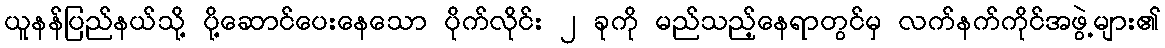
ယူနန်ပြည်နယ်သို့ ပို့ဆောင်ပေးနေသော ပိုက်လိုင်း ၂ ခုကို မည်သည့်နေရာတွင်မှ လက်နက်ကိုင်အဖွဲ့များ၏